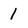
Character: 1